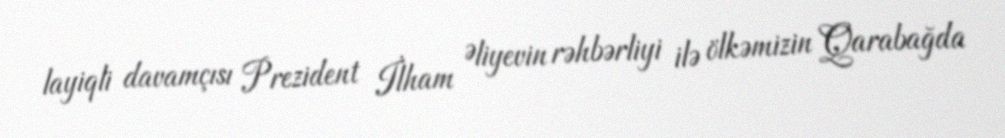
layiqli davamçısı Prezident İlham Əliyevin rəhbərliyi ilə ölkəmizin Qarabağda